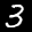
Label: 3